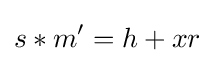
s*m'=h+xr